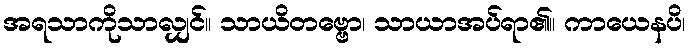
အရသာကိုသာလျှင်။ သာယိတဗ္ဗော၊ သာယာအပ်ရာ၏။ ကာယေနပိ၊